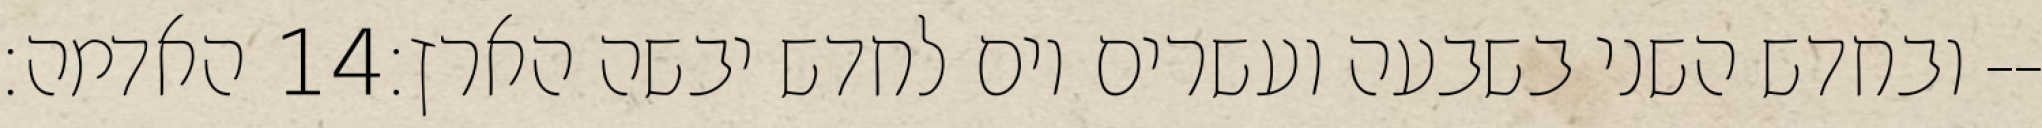
האדמה׃ ‎14‏ ובחדש השני בשבעה ועשרים יום לחדש יבשה הארץ׃--